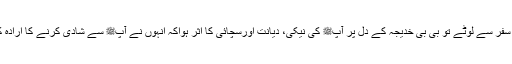
آپﷺ سفر سے لوٹے تو بی بی خدیجہ کے دل پر آپﷺ کی نیکی، دیانت اورسچائی کا اثر ہواکہ انہوں نے آپﷺ سے شادی کرنے کا ارادہ کر لیا۔